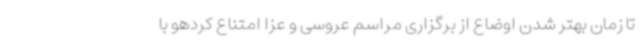
تا زمان بهتر شدن اوضاع از برگزاری مراسم عروسی و عزا امتناع کردهو با